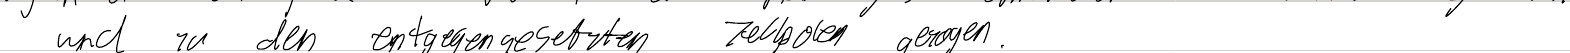
und zu den entgegengesetzten Zellpolen gezogen.